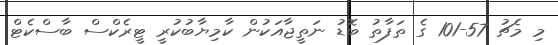
މި މެޗު 57-101 ގެ ތަފާތު ބޮޑު ނަތީޖާއަކުން ކާމިޔާބުކުރީ ޓީރެކްސް ބާސްކެޓް